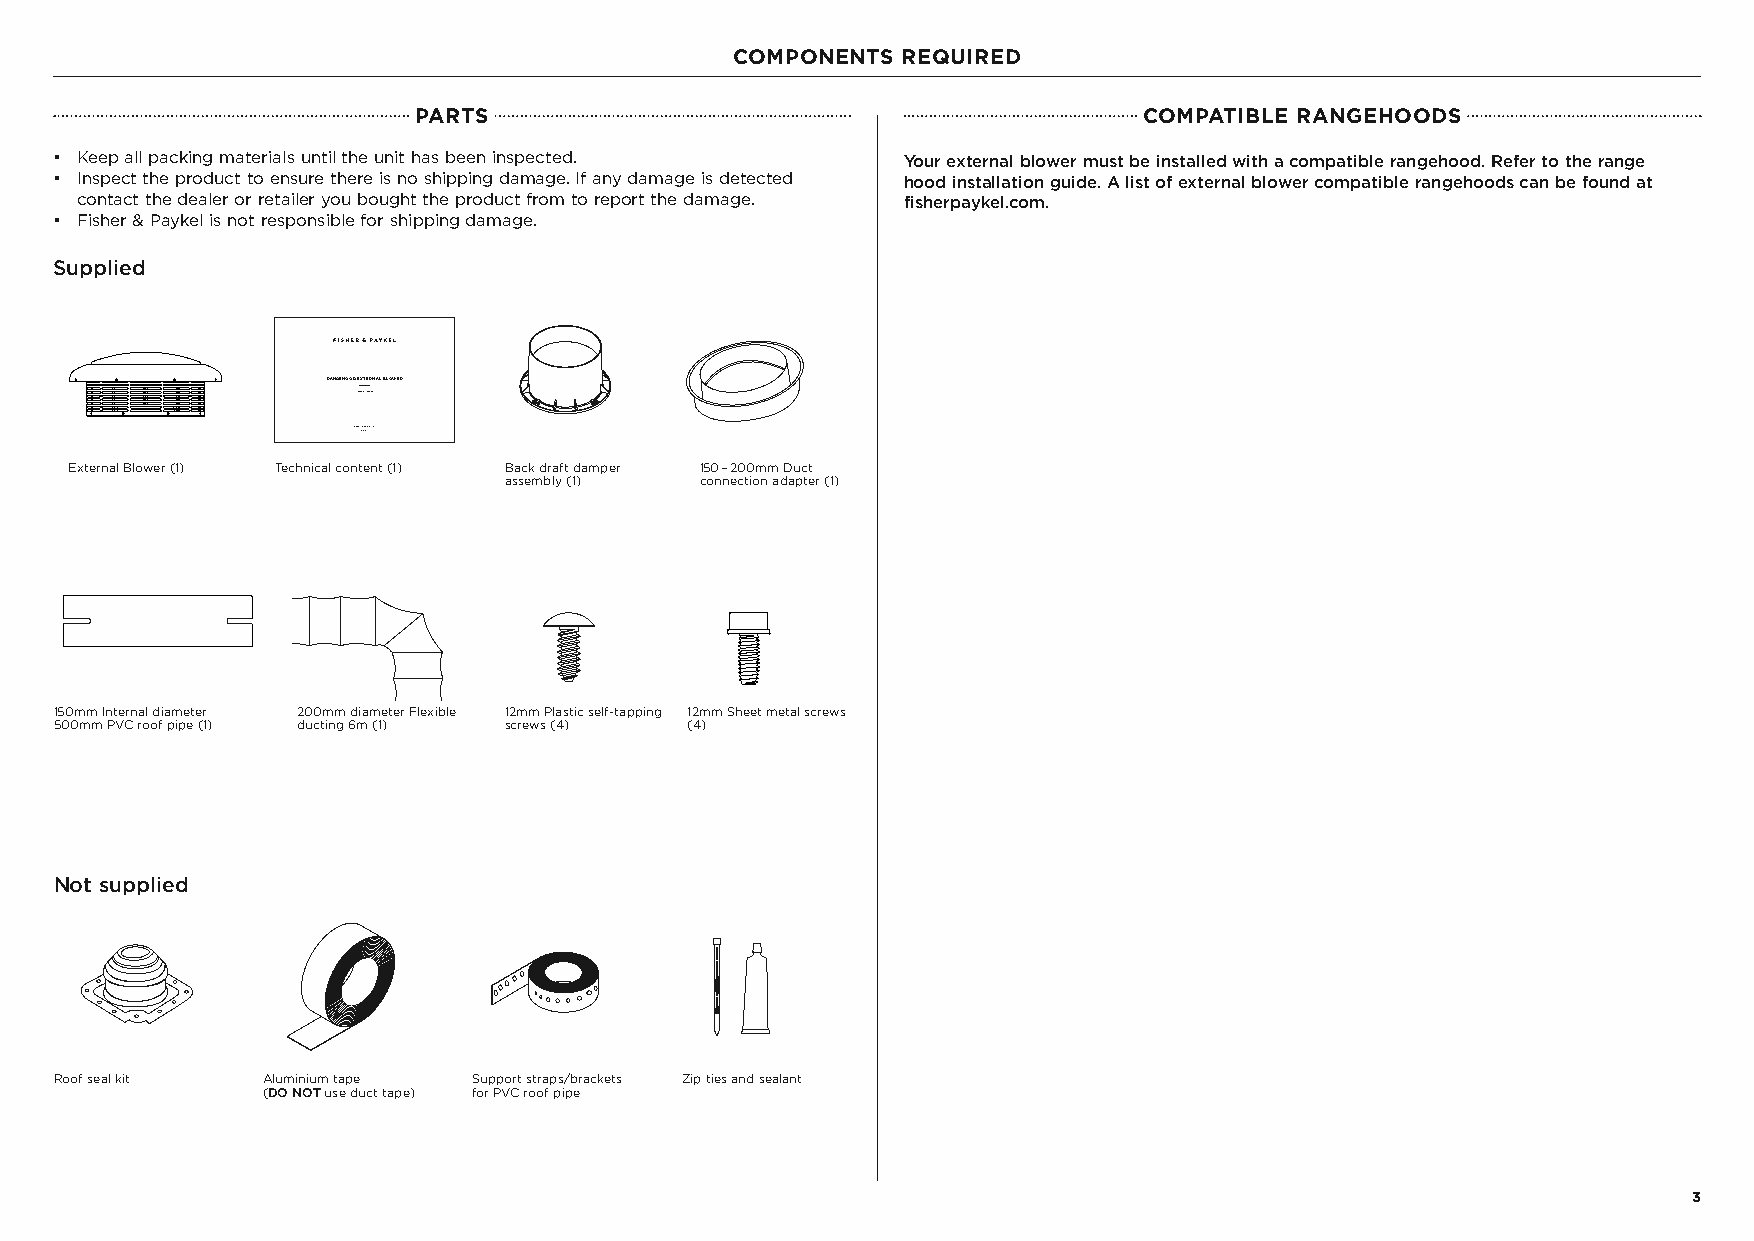
COMPONENTS REQUIRED
 PARTS                                            COMPATIBLE RANGEHOODS
 z Keep all packing materials until the unit has been inspected. Your external blower must be installed with a compatible rangehood. Refer to the range
 z Inspect the product to ensure there is no shipping damage. If any damage is detected hood installation guide. A list of external blower compatible rangehoods can be found at
 contact the dealer or retailer you bought the product from to report the damage. fisherpaykel.com.
 z Fisher & Paykel is not responsible for shipping damage.
 Supplied
 RANGEHOOD EXTERNAL BLOWER
 HB1200E Models
 INSTALLNAZT IAOUN GUIDE
 External Blower (1) Technical content (1) Back draft damper 150 – 200mm Duct
 assembly (1) connection adapter (1)
 150mm Internal diameter 200mm diameter Flexible 12mm Plastic self-tapping 12mm Sheet metal screws
 500mm PVC roof pipe (1) ducting 6m (1) screws (4) (4)
 Not supplied
 Roof seal kit Aluminium tape Support straps/brackets Zip ties and sealant
 (DO NOT use duct tape) for PVC roof pipe
 3